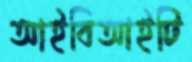
আইবিআইটি